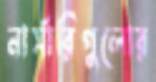
নার্সারিগুলোর